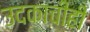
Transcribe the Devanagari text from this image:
उदकाचीही